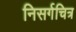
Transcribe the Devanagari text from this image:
निसर्गचित्र